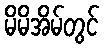
မိမိအိမ်တွင်